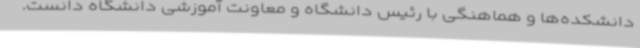
دانشکده‌ها و هماهنگی با رئیس دانشگاه و معاونت آموزشی دانشگاه دانست.